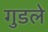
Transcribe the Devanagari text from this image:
गुडले